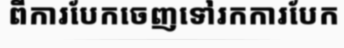
ពីការបែកចេញទៅរកការបែក